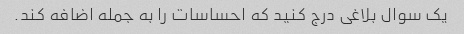
یک سوال بلاغی درج کنید که احساسات را به جمله اضافه کند.